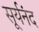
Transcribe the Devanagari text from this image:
सूर्यनंद